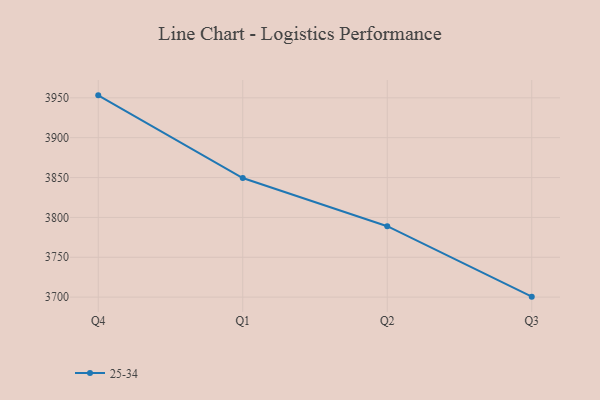
{"axis": {"x": "Quarter", "y": "Website Visitors"}, "legend": ["25-34"], "data": [{"x": "Q4", "y": 3953.1, "type": "25-34"}, {"x": "Q1", "y": 3849.4, "type": "25-34"}, {"x": "Q2", "y": 3789.0, "type": "25-34"}, {"x": "Q3", "y": 3700.6, "type": "25-34"}]}